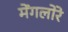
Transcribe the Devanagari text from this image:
मेंगलोरे